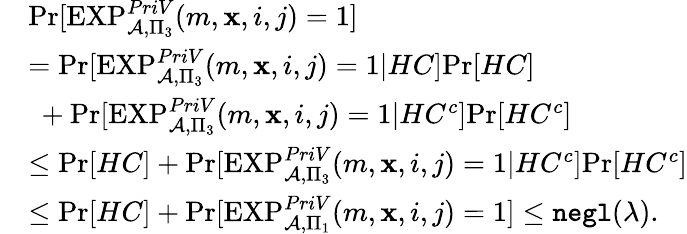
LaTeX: \begin{array}{rl}&{\textrm{Pr}[\textrm{EXP}_{\mathcal{A},\Pi_{3}}^{PriV}(m,\mathbf{x},i,j)=1]}\\ &{=\textrm{Pr}[\textrm{EXP}_{\mathcal{A},\Pi_{3}}^{PriV}(m,\mathbf{x},i,j)=1|HC]\textrm{Pr}[HC]}\\ &{~+\textrm{Pr}[\textrm{EXP}_{\mathcal{A},\Pi_{3}}^{PriV}(m,\mathbf{x},i,j)=1|HC^{c}]\textrm{Pr}[HC^{c}]}\\ &{\leq\textrm{Pr}[HC]+\textrm{Pr}[\textrm{EXP}_{\mathcal{A},\Pi_{3}}^{PriV}(m,\mathbf{x},i,j)=1|HC^{c}]\textrm{Pr}[HC^{c}]}\\ &{\leq\textrm{Pr}[HC]+\textrm{Pr}[\textrm{EXP}_{\mathcal{A},\Pi_{1}}^{PriV}(m,\mathbf{x},i,j)=1]\leq\texttt{negl}(\lambda).}\end{array}